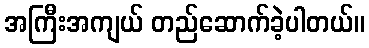
အကြီးအကျယ် တည်ဆောက်ခဲ့ပါတယ်။